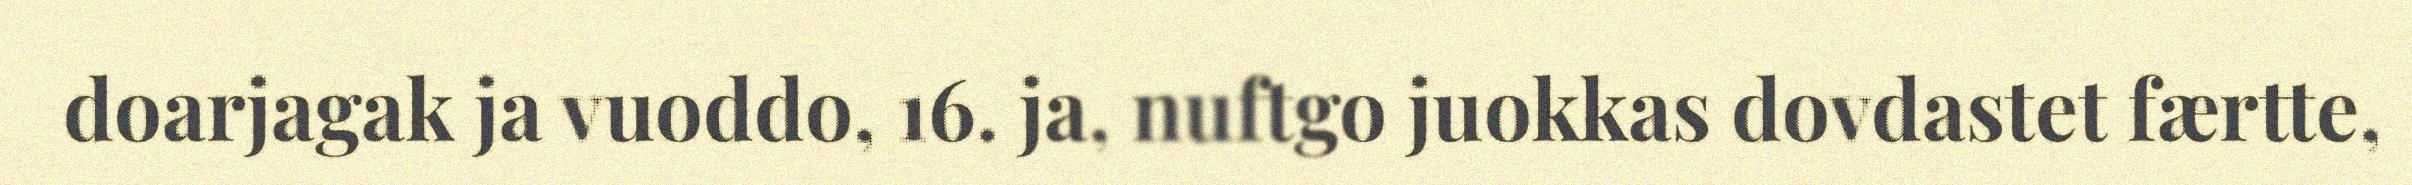
doarjagak ja vuoddo, 16. ja, nuftgo juokkas dovdastet færtte,